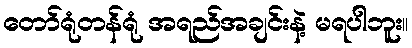
တော်ရုံတန်ရုံ အရည်အချင်းနဲ့ မရပါဘူး။